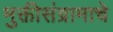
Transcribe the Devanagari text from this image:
मुक्तीसंग्रामाचे